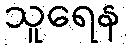
သူရေန